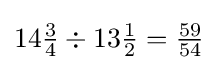
14{\tfrac {3}{4}}\div 13{\tfrac {1}{2}}={\tfrac {59}{54}}